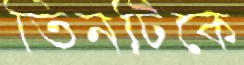
তিনটিকে